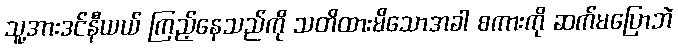
သူ့အားဒင်နီယယ် ကြည့်နေသည်ကို သတိထားမိသောအခါ စကားကို ဆက်မပြောဘဲ